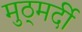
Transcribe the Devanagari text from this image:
मुठ्मर्दी